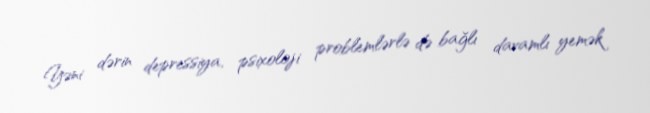
Yəni dərin depressiya, psixoloji problemlərlə də bağlı davamlı yemək